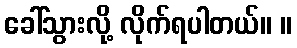
ခေါ်သွားလို့ လိုက်ရပါတယ်။ ။